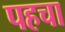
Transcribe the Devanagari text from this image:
पहचा